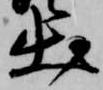
出